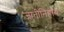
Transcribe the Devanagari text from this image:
जातीनिहाय